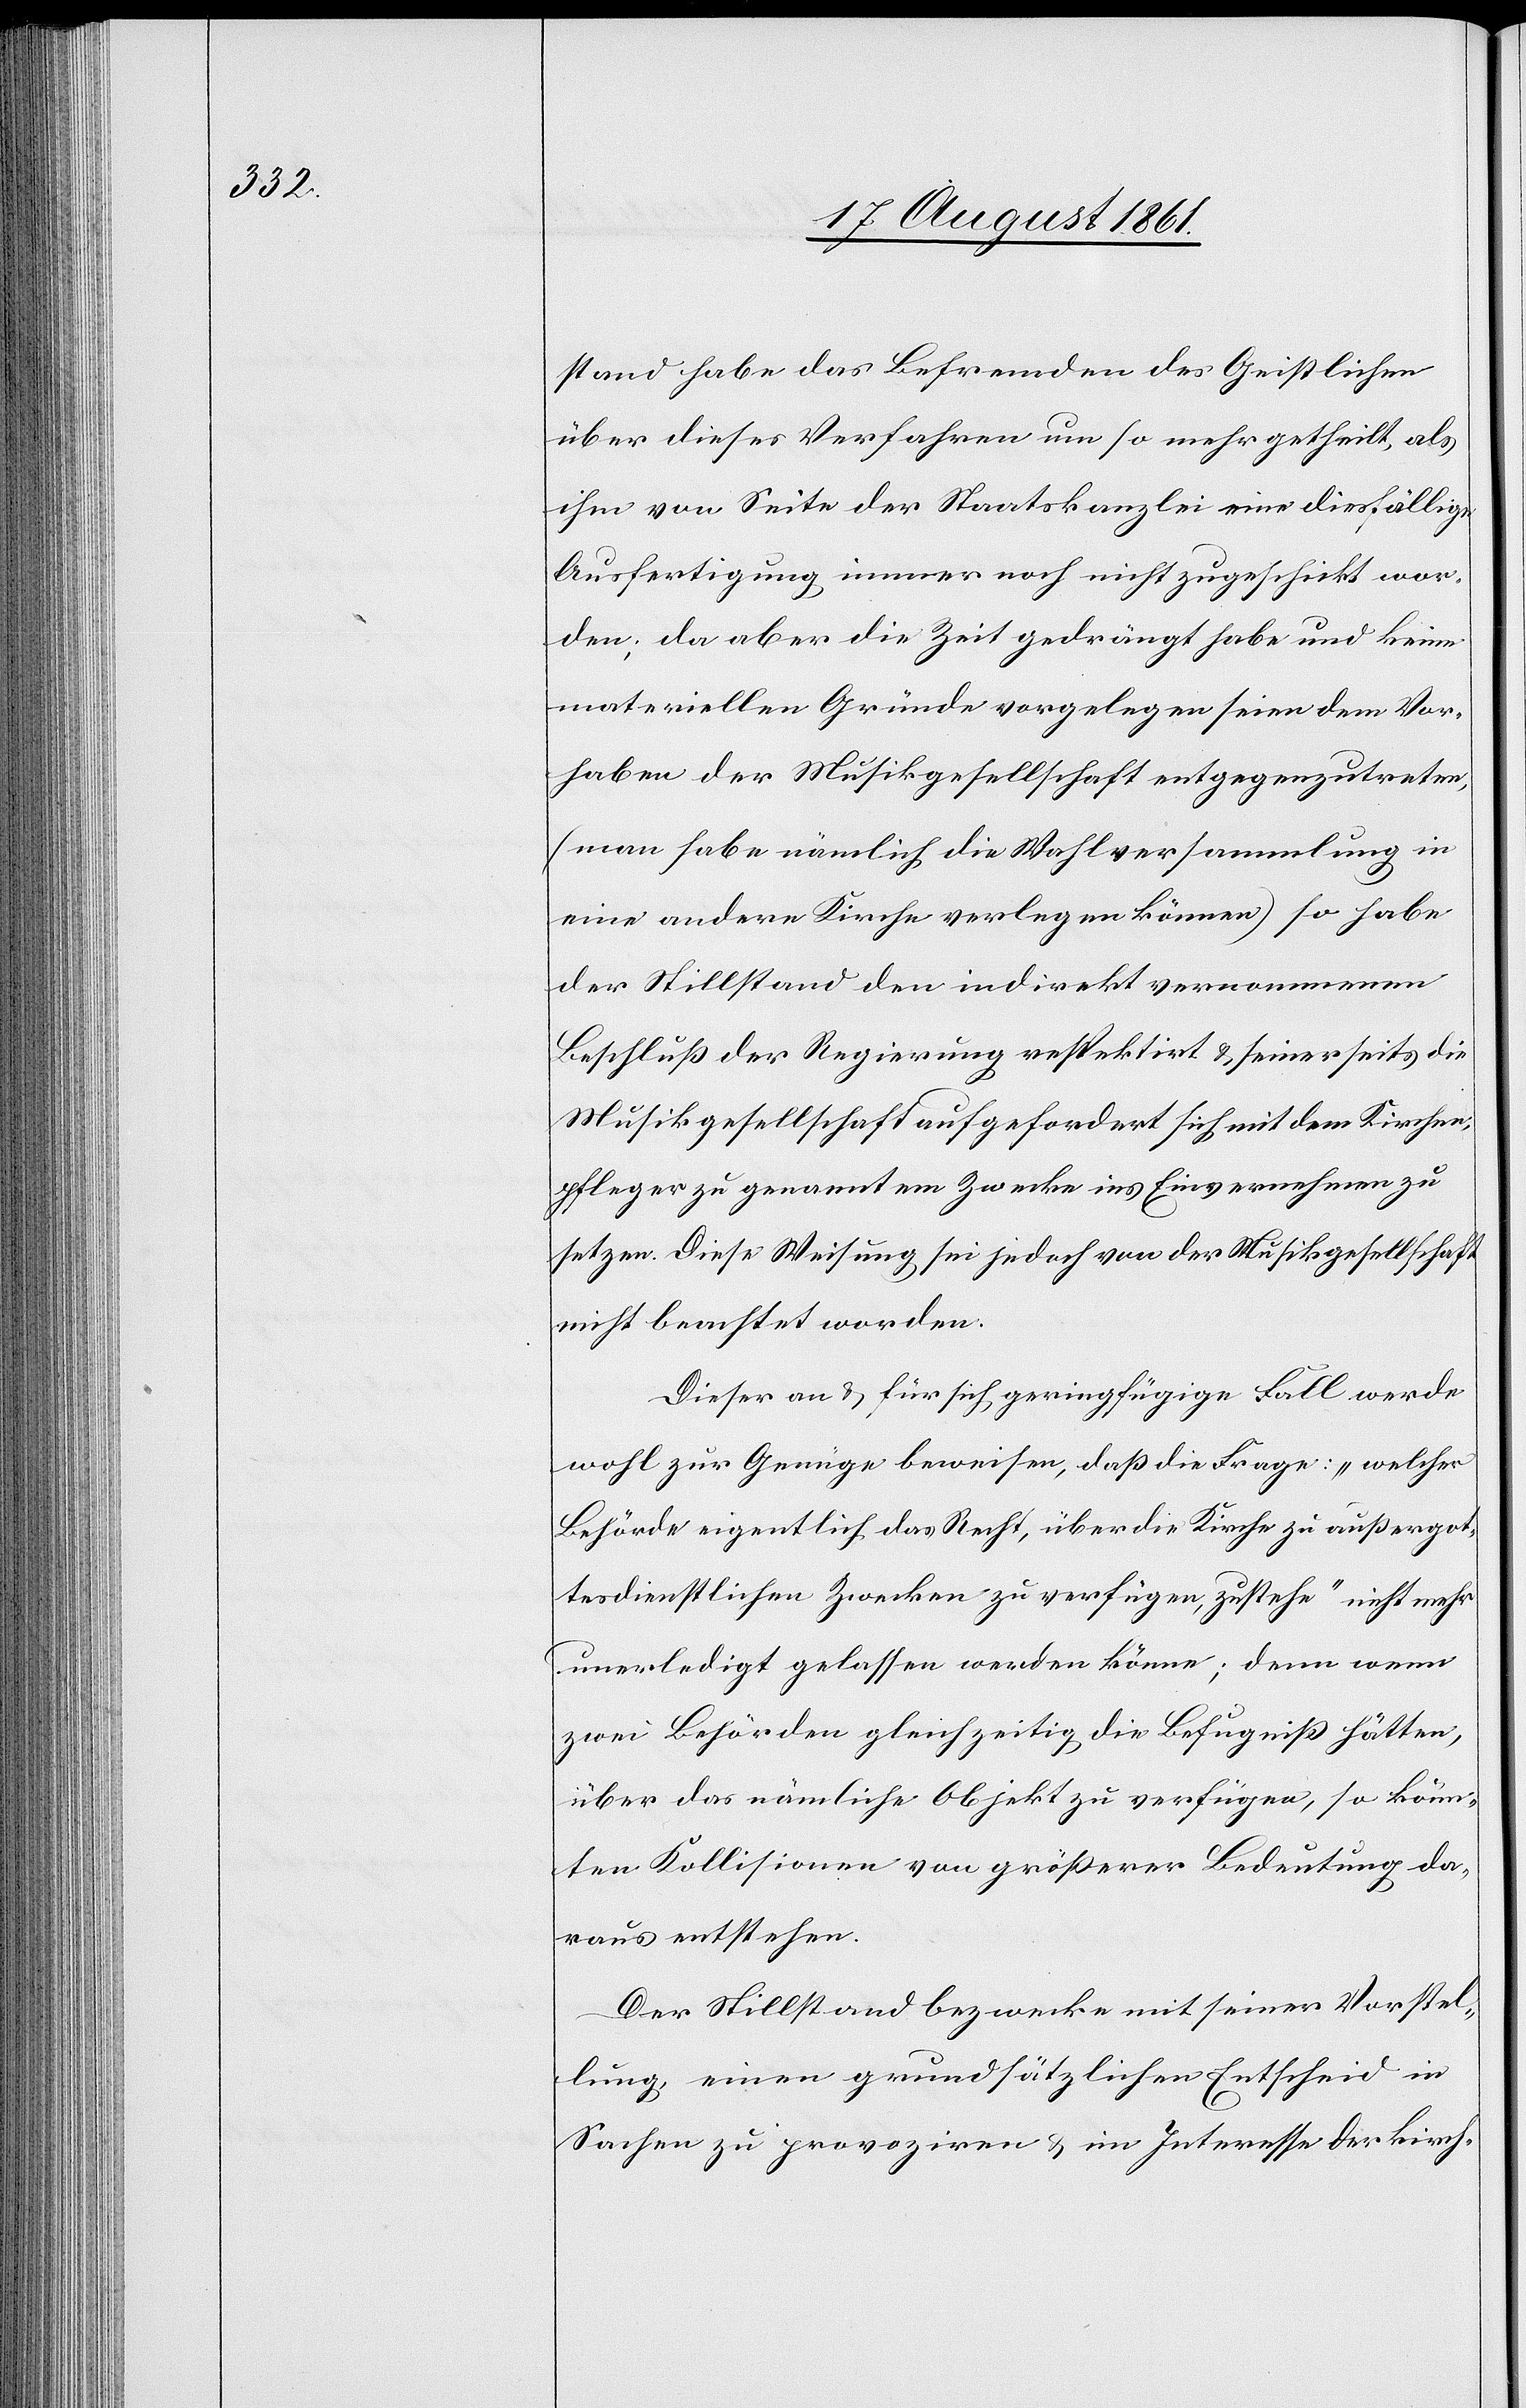
stand habe das Befremden des Geistlichen
über dieses Verfahren um so mehr getheilt, als
ihm von Seite der Staatskanzlei eine diesfällige
Ausfertigung immer noch nicht zugeschickt wor¬
den; da aber die Zeit gedrängt habe und keine
materiellen Gründe vorgelegen seien dem Vor¬
haben der Musikergesellschaft entgegenzutreten,
(man habe nämlich die Wahlversammlung in
eine andere Kirche verlegen können.) so habe
der Stillstand den indirekt vernommenen
Beschluß der Regierung respektirt u. seinerseits die
Musikgesellschaft aufgefordert sich mit dem Kirchen¬
pfleger zu genanntem Zwecke ins Einvernehmen zu
setzen. Diese Weisung sei jedoch von der Musikergesellschaft
nicht beachtet worden.
Dieser an u. für sich geringfügige Fall werde
wohl zur Genüge beweisen, daß die Frage: „welcher
Behörde eigentlich das Recht, über die Kirche zu außero¬
rdentlichen Zwecken zu verfügen, zustehe“ nicht mehr
unerledigt gelassen werden könne; denn wenn
zwei Behörden gleichzeitig die Befugniß hätten,
über das nämliche Objekt zu verfügen, so könn¬
ten Kollisionen von größerer Bedeutung da¬
raus entstehen.
Der Stillstand bezwecke mit seiner Vorstel¬
lung einen grundsätzlichen Entscheid in
Sachen zu provoziren u. im Interesse der kirch-